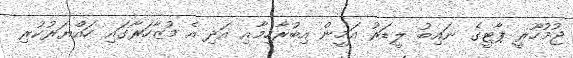
ޖުމުހޫރީ ޕާޓީގެ ނައިބު ލީޑަރު އަމީން އިބުރާހިމާއި އަދި އެ މުޒާހަރާގައި ހައްޔަރުކުރި